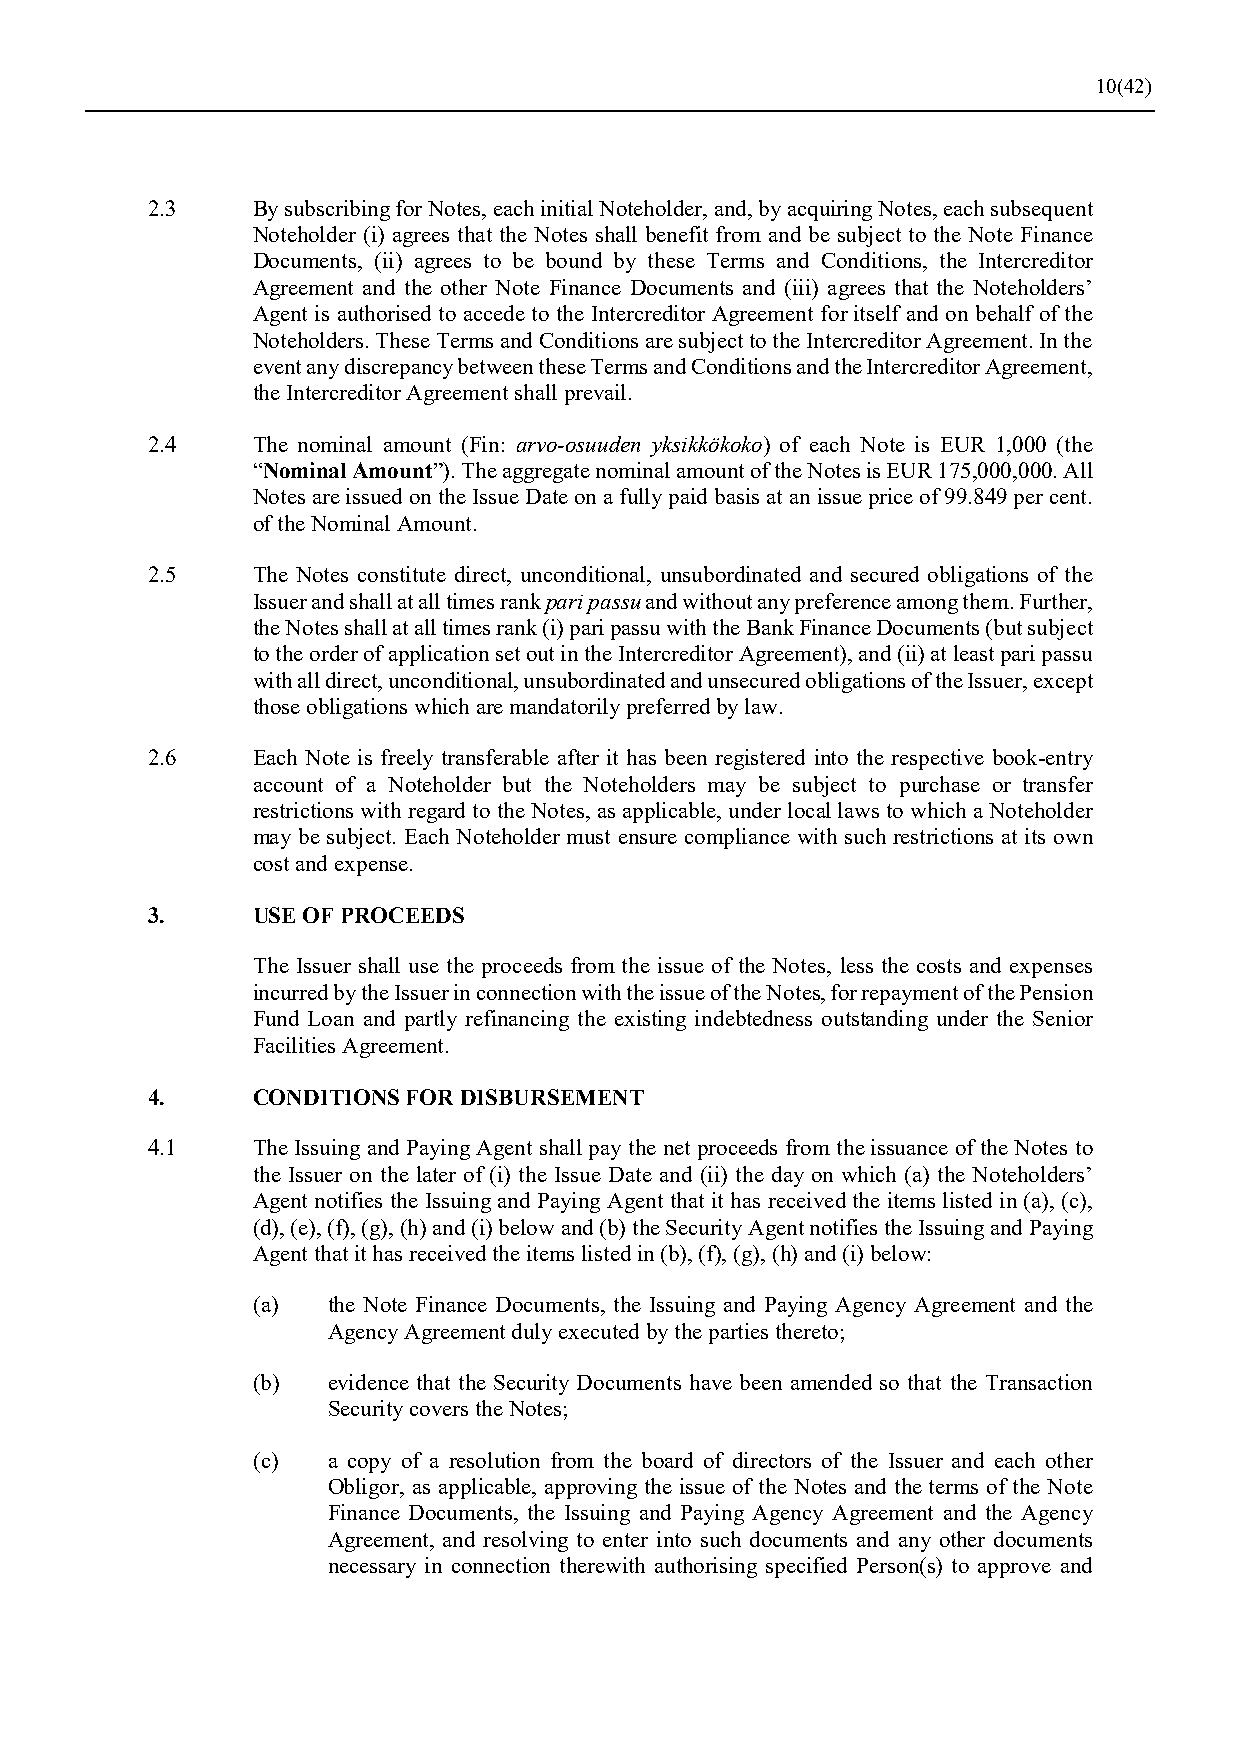
10(42)
 2.3    By subscribing for Notes, each initial Noteholder, and, by acquiring Notes, each subsequent
 Noteholder (i) agrees that the Notes shall benefit from and be subject to the Note Finance
 Documents, (ii) agrees to be bound by these Terms and Conditions, the Intercreditor
 Agreement and the other Note Finance Documents and (iii) agrees that the Noteholders’
 Agent is authorised to accede to the Intercreditor Agreement for itself and on behalf of the
 Noteholders. These Terms and Conditions are subject to the Intercreditor Agreement. In the
 event any discrepancy between these Terms and Conditions and the Intercreditor Agreement,
 the Intercreditor Agreement shall prevail.
 2.4    The nominal amount (Fin: arvo-osuuden yksikkökoko) of each Note is EUR 1,000 (the
 “Nominal Amount”). The aggregate nominal amount of the Notes is EUR 175,000,000. All
 Notes are issued on the Issue Date on a fully paid basis at an issue price of 99.849 per cent.
 of the Nominal Amount.
 2.5    The Notes constitute direct, unconditional, unsubordinated and secured obligations of the
 Issuer and shall at all times rank pari passu and without any preference among them. Further,
 the Notes shall at all times rank (i) pari passu with the Bank Finance Documents (but subject
 to the order of application set out in the Intercreditor Agreement), and (ii) at least pari passu
 with all direct, unconditional, unsubordinated and unsecured obligations of the Issuer, except
 those obligations which are mandatorily preferred by law.
 2.6    Each Note is freely transferable after it has been registered into the respective book-entry
 account of a Noteholder but the Noteholders may be subject to purchase or transfer
 restrictions with regard to the Notes, as applicable, under local laws to which a Noteholder
 may be subject. Each Noteholder must ensure compliance with such restrictions at its own
 cost and expense.
 3.     USE OF PROCEEDS
 The Issuer shall use the proceeds from the issue of the Notes, less the costs and expenses
 incurred by the Issuer in connection with the issue of the Notes, for repayment of the Pension
 Fund Loan and partly refinancing the existing indebtedness outstanding under the Senior
 Facilities Agreement.
 4.     CONDITIONS FOR DISBURSEMENT
 4.1    The Issuing and Paying Agent shall pay the net proceeds from the issuance of the Notes to
 the Issuer on the later of (i) the Issue Date and (ii) the day on which (a) the Noteholders’
 Agent notifies the Issuing and Paying Agent that it has received the items listed in (a), (c),
 (d), (e), (f), (g), (h) and (i) below and (b) the Security Agent notifies the Issuing and Paying
 Agent that it has received the items listed in (b), (f), (g), (h) and (i) below:
 (a)  the Note Finance Documents, the Issuing and Paying Agency Agreement and the
 Agency Agreement duly executed by the parties thereto;
 (b)  evidence that the Security Documents have been amended so that the Transaction
 Security covers the Notes;
 (c)  a copy of a resolution from the board of directors of the Issuer and each other
 Obligor, as applicable, approving the issue of the Notes and the terms of the Note
 Finance Documents, the Issuing and Paying Agency Agreement and the Agency
 Agreement, and resolving to enter into such documents and any other documents
 necessary in connection therewith authorising specified Person(s) to approve and